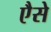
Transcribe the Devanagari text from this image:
एैसे